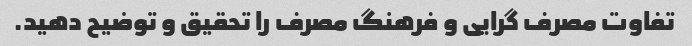
تفاوت مصرف گرایی و فرهنگ مصرف را تحقیق و توضیح دهید.